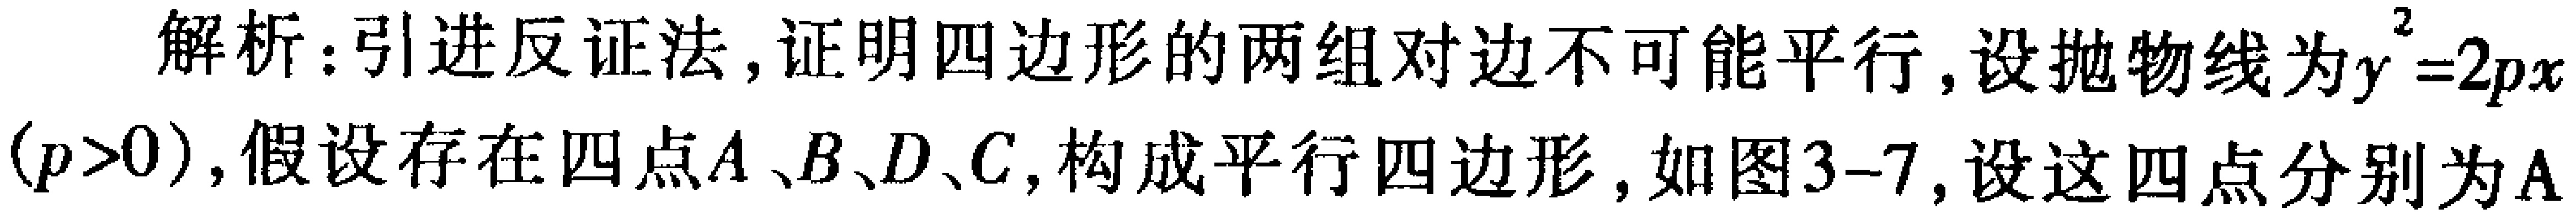
解析：引进反证法, 证明四边形的两组对边不可能平行, 设抛物线为$y^{2}=2px$

$(p > 0)$, 假设存在四点$A、B、D、C$, 构成平行四边形, 如图3 - 7, 设这四点分别为$A$